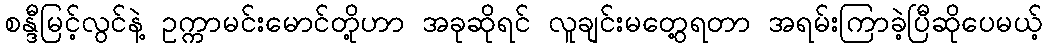
စန္ဒီမြင့်လွင်နဲ့ ဥက္ကာမင်းမောင်တို့ဟာ အခုဆိုရင် လူချင်းမတွေ့ရတာ အရမ်းကြာခဲ့ပြီဆိုပေမယ့်